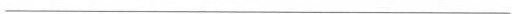
___